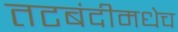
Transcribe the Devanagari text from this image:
तटबंदीमधेच